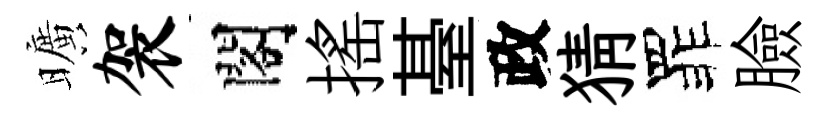
曠袈閣揺䑓政猜罪臉